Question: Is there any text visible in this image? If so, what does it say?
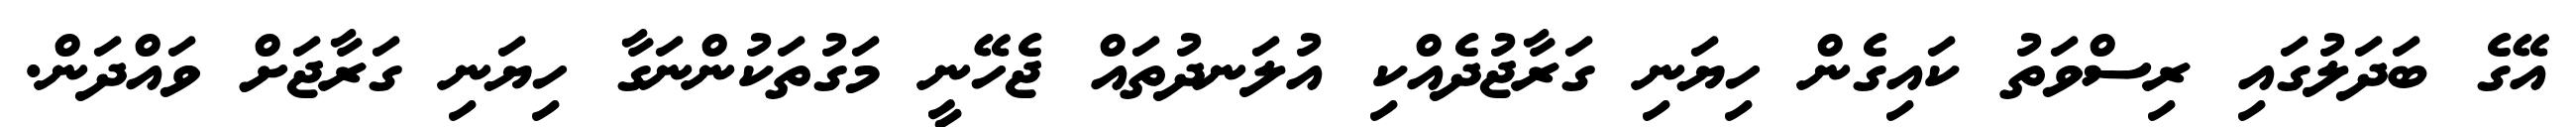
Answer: އޭގެ ބަދަލުގައި ރިސްވަތު ކައިގެން ހިޔަނި ގަރާޖުދެއްކި އުލަނދުތައް ޖެހޭނީ މަގުތަކުންނަގާ ހިޔަނި ގަރާޖަށް ވައްދަން.